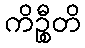
ကိဉ္စီတိ